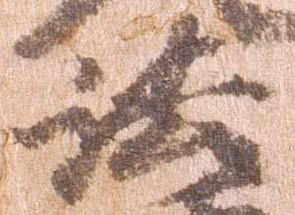
法